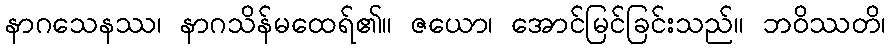
နာဂသေနဿ၊ နာဂသိန်မထေရ်၏။ ဇယော၊ အောင်မြင်ခြင်းသည်။ ဘဝိဿတိ၊